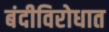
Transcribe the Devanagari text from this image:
बंदीविरोधात